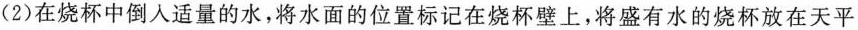
(2)在烧杯中倒入适量的水，将水面的位置标记在烧杯壁上，将盛有水的烧杯放在天平